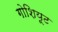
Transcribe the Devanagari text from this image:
गोशियूट